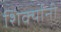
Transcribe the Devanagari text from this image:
शिर्क्यांनी